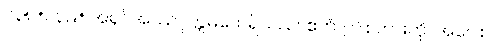
ဝ၃၈+ဝ၃၉+ အရှင်အဿဂုတ္တမထေရ်သည်။ ဧတံ၊ ဤစကားကို။ အဝေါစ၊